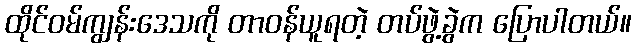
ထိုင်ဝမ်ကျွန်းဒေသကို တာဝန်ယူရတဲ့ တပ်ဖွဲ့ခွဲက ပြောပါတယ်။